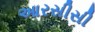
આરસીસી